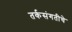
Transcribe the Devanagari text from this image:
तर्कसंगतीचे